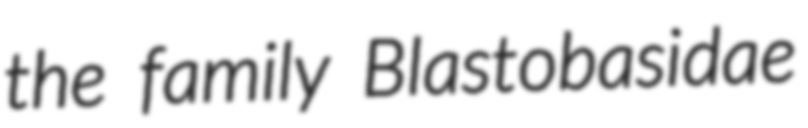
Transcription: the family Blastobasidae